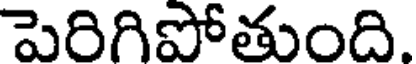
పెరిగిపోతుంది.